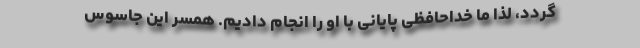
‌گردد، لذا ما خداحافظی پایانی با او را انجام دادیم. همسر این جاسوس